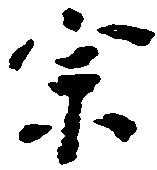
宗